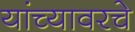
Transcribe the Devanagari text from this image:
यांच्यावरचे